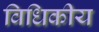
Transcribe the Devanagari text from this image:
विधिकीय